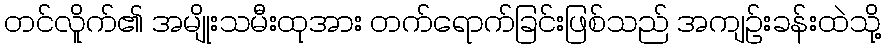
တင်လိူက်၏ အမျိုးသမီးထုအား တက်ရောက်ခြင်းဖြစ်သည် အကျဉ်းခန်းထဲသို့